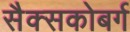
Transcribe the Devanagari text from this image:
सैक्सकोबर्ग